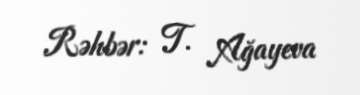
Rəhbər: T. Ağayeva